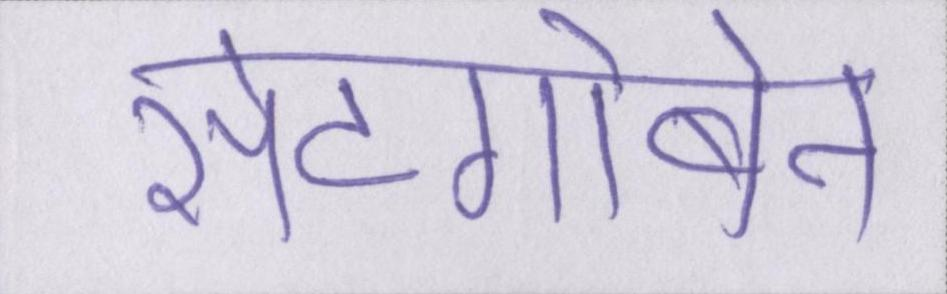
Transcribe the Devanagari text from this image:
सेंटगोबेन